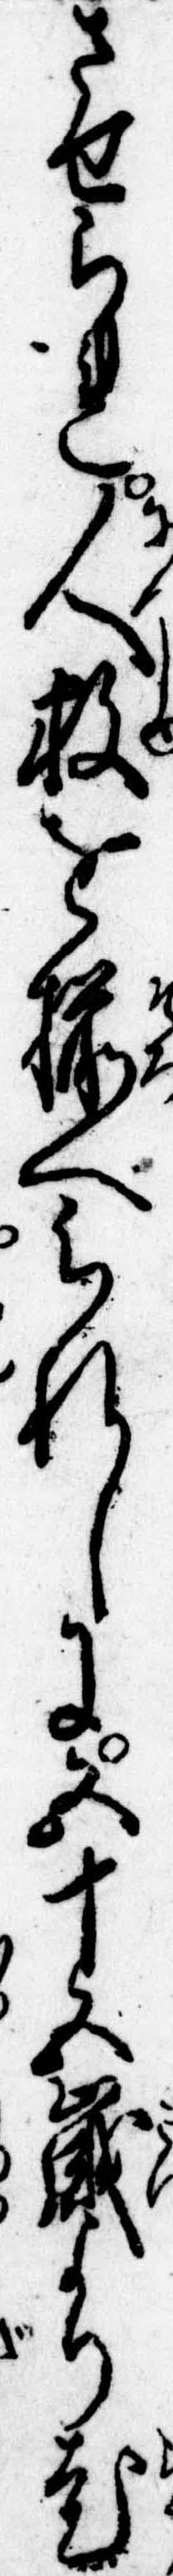
させられ人数を揃へられしに五十五歳より老